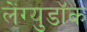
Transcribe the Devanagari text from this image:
लेंग्युडॉक